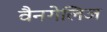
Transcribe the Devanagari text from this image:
वैनगेलिज